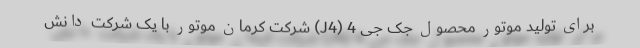
برای تولید موتور محصول جک جی 4 (J4) شرکت کرمان موتور با یک شرکت دانش